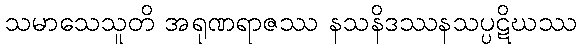
သမာသေသူတိ အရုဏရာဇဿ နသနိဒဿနသပ္ပဋိဃဿ